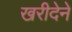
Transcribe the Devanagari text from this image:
खरीदेने